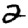
Digit: 2